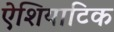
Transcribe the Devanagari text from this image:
ऐशियाटिक